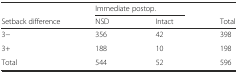
|  | <COLSPAN=2> Immediate postop. |  |
 | Setback difference | NSD | Intact | Total |
 | --- | --- | --- | --- |
 | 3− | 356 | 42 | 398 |
 | 3+ | 188 | 10 | 198 |
 | Total | 544 | 52 | 596 |